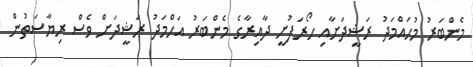
މެންބަރު މުހައްމަދު ރަޝީދަށާއި ހޯރަފުށީ ދާއިރާގެ މެންބަރު އަހްމަދު ރަޝީދަށް ވެސް ރިޔާސަތުން